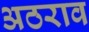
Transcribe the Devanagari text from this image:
अठराव